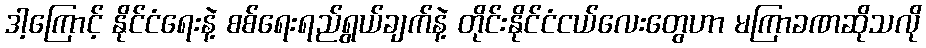
ဒါ့ကြောင့် နိုင်ငံရေးနဲ့ စစ်ရေးရည်ရွယ်ချက်နဲ့ တိုင်းနိုင်ငံငယ်လေးတွေဟာ မကြာခဏဆိုသလို